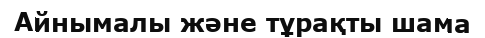
Айнымалы және тұрақты шама